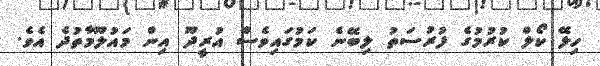
ހިލޭ ކޯލް ކުރުމުގެ ފުރުސަތު ލިބޭނެ ކަމުގައިވެސް އުރީދޫ އިން މައުލޫމާތުދެ އެވެ.